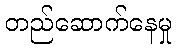
တည်ဆောက်နေမှု